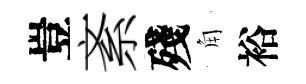
豈紊殘角裕